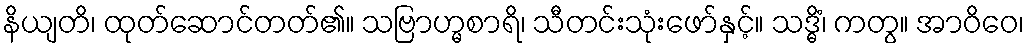
နိယျတိ၊ ထုတ်ဆောင်တတ်၏။ သဗြာဟ္မစာရိ၊ သီတင်းသုံးဖော်နှင့်။ သဒ္ဓိံ၊ ကတွ။ အာဝိဝေ၊